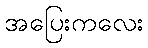
အပြေးကလေး